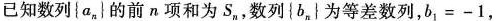
已知数列{a_{n}}的前n项和为S，，数列{b_{n}}为等差数列，$$b_{1}=-1$$，